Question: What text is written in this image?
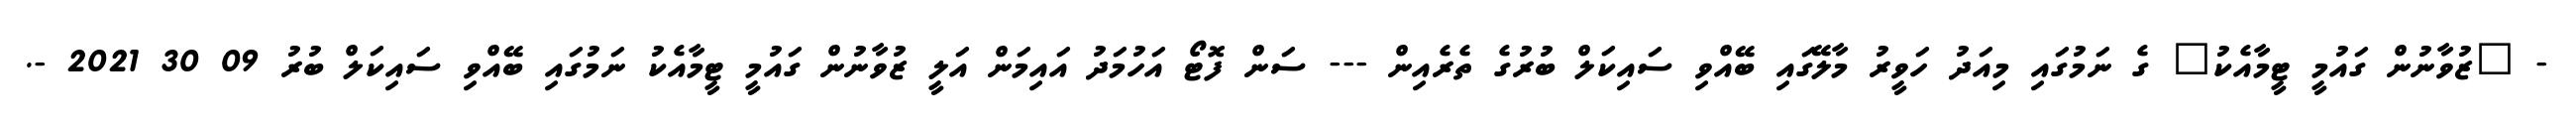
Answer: - "ޒުވާނުން ގައުމީ ޓީމާއެކު" ގެ ނަމުގައި މިއަދު ހަވީރު މާލޭގައި ބޭއްވި ސައިކަލް ބުރުގެ ތެރެއިން --- ސަން ފޮޓޯ އަހުމަދު އައިމަން އަލީ ޒުވާނުން ގައުމީ ޓީމާއެކު ނަމުގައި ބޭއްވި ސައިކަލް ބުރު 09 30 2021 -.